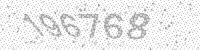
Solution: 196768